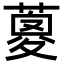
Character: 𦹰